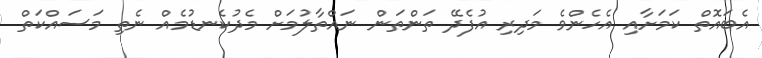
އެބައޮތް ކަމަށާއި އެހެންވެ މަދިރި އުފެދޭ ތަންތަން ނައްތާލުމަށް މެދުކެނޑުމެއް ނެތި މަސައްކަތް